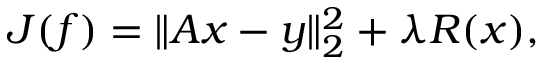
J ( f ) = \| A x - y \| _ { 2 } ^ { 2 } + \lambda R ( x ) ,